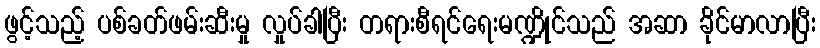
ဖွင့်သည့် ပစ်ခတ်ဖမ်းဆီးမှု လှုပ်ခါပြီး တရားစီရင်ရေးမဏ္ဍိုင်သည် အဆာ ခိုင်မာလာပြီး